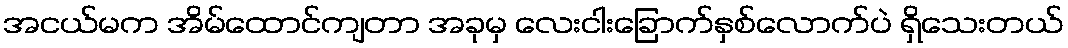
အငယ်မက အိမ်ထောင်ကျတာ အခုမှ လေးငါးခြောက်နှစ်လောက်ပဲ ရှိသေးတယ်